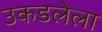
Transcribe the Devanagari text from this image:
उकडलेला